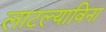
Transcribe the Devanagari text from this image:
लाटल्याविना